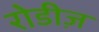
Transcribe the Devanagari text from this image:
रोडीज़